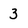
Character: 3